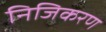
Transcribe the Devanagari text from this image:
निजिकरण